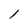
Character: 1